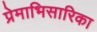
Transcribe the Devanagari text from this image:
प्रेमाभिसारिका